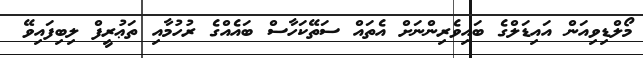
މޯލްޑިވިއަން އައިޑަލްގެ ބައިވެރިންނަށް އެތައް ސަތޭކަހާސް ބައެއްގެ ރުހުމާއި ތަޢުރީފް ލިބިފައިވޭ